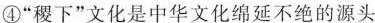
④”稷下”文化是中华文化绵延不绝的源头